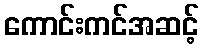
ကောင်းကင်အဆင့်